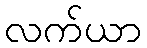
လက်ယာ